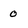
Character: 0